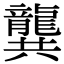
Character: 龔